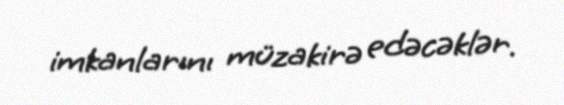
imkanlarını müzakirə edəcəklər.